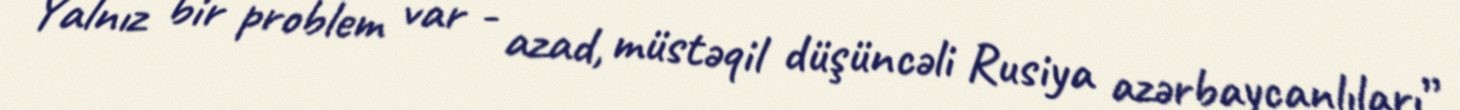
Yalnız bir problem var - azad, müstəqil düşüncəli Rusiya azərbaycanlıları”